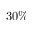
3 0 \%